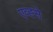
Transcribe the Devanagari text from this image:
एव्ह्से